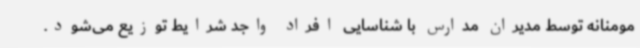
مومنانه توسط مدیران مدارس با شناسایی افراد واجد شرایط توزیع می‌شود.